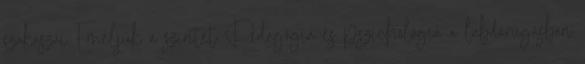
szakaszai Emeljük a szintet Pedagógia és pszichológia a labdarúgásban